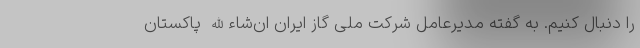
را دنبال کنیم. به گفته مدیرعامل شرکت ملی گاز ایران ان‌شاءالله پاکستان